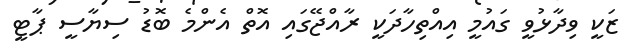
ޒަކީ ވިދާޅުވީ ގައުމީ އިއްތިހާދަކީ ރާއްޖޭގައި އޮތް އެންމެ ބޮޑު ސިޔާސީ ޕާޓީ